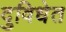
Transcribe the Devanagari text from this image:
दुविधेत